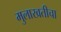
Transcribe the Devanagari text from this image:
मुलाखतीचा